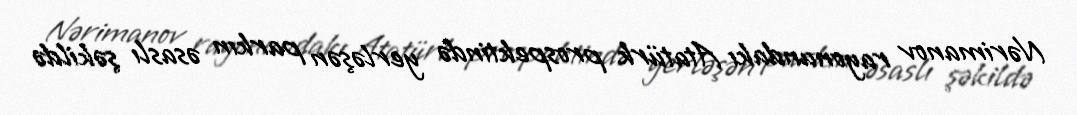
Nərimanov rayonundakı Atatürk prospektində yerləşən parkın əsaslı şəkildə